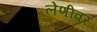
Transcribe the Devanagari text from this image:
लेणीवर